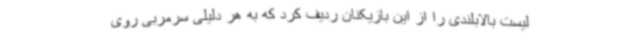
لیست بالابلندی را از این بازیکنان ردیف کرد که به هر دلیلی سرمربی روی